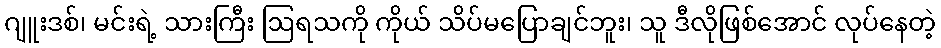
ဂျူးဒစ်၊ မင်းရဲ့ သားကြီး ဩရသကို ကိုယ် သိပ်မပြောချင်ဘူး၊ သူ ဒီလိုဖြစ်အောင် လုပ်နေတဲ့